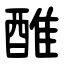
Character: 醀